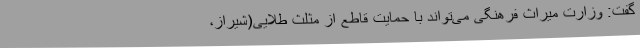
گفت: وزارت میراث فرهنگی می‌تواند با حمایت قاطع از مثلث طلایی(شیراز،